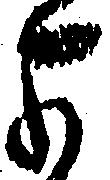
よ